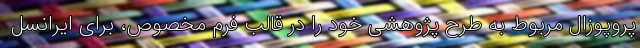
پروپوزال مربوط به طرح پژوهشی خود را در قالب فرم مخصوص، برای ایرانسل